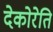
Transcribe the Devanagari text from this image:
देकोरेति